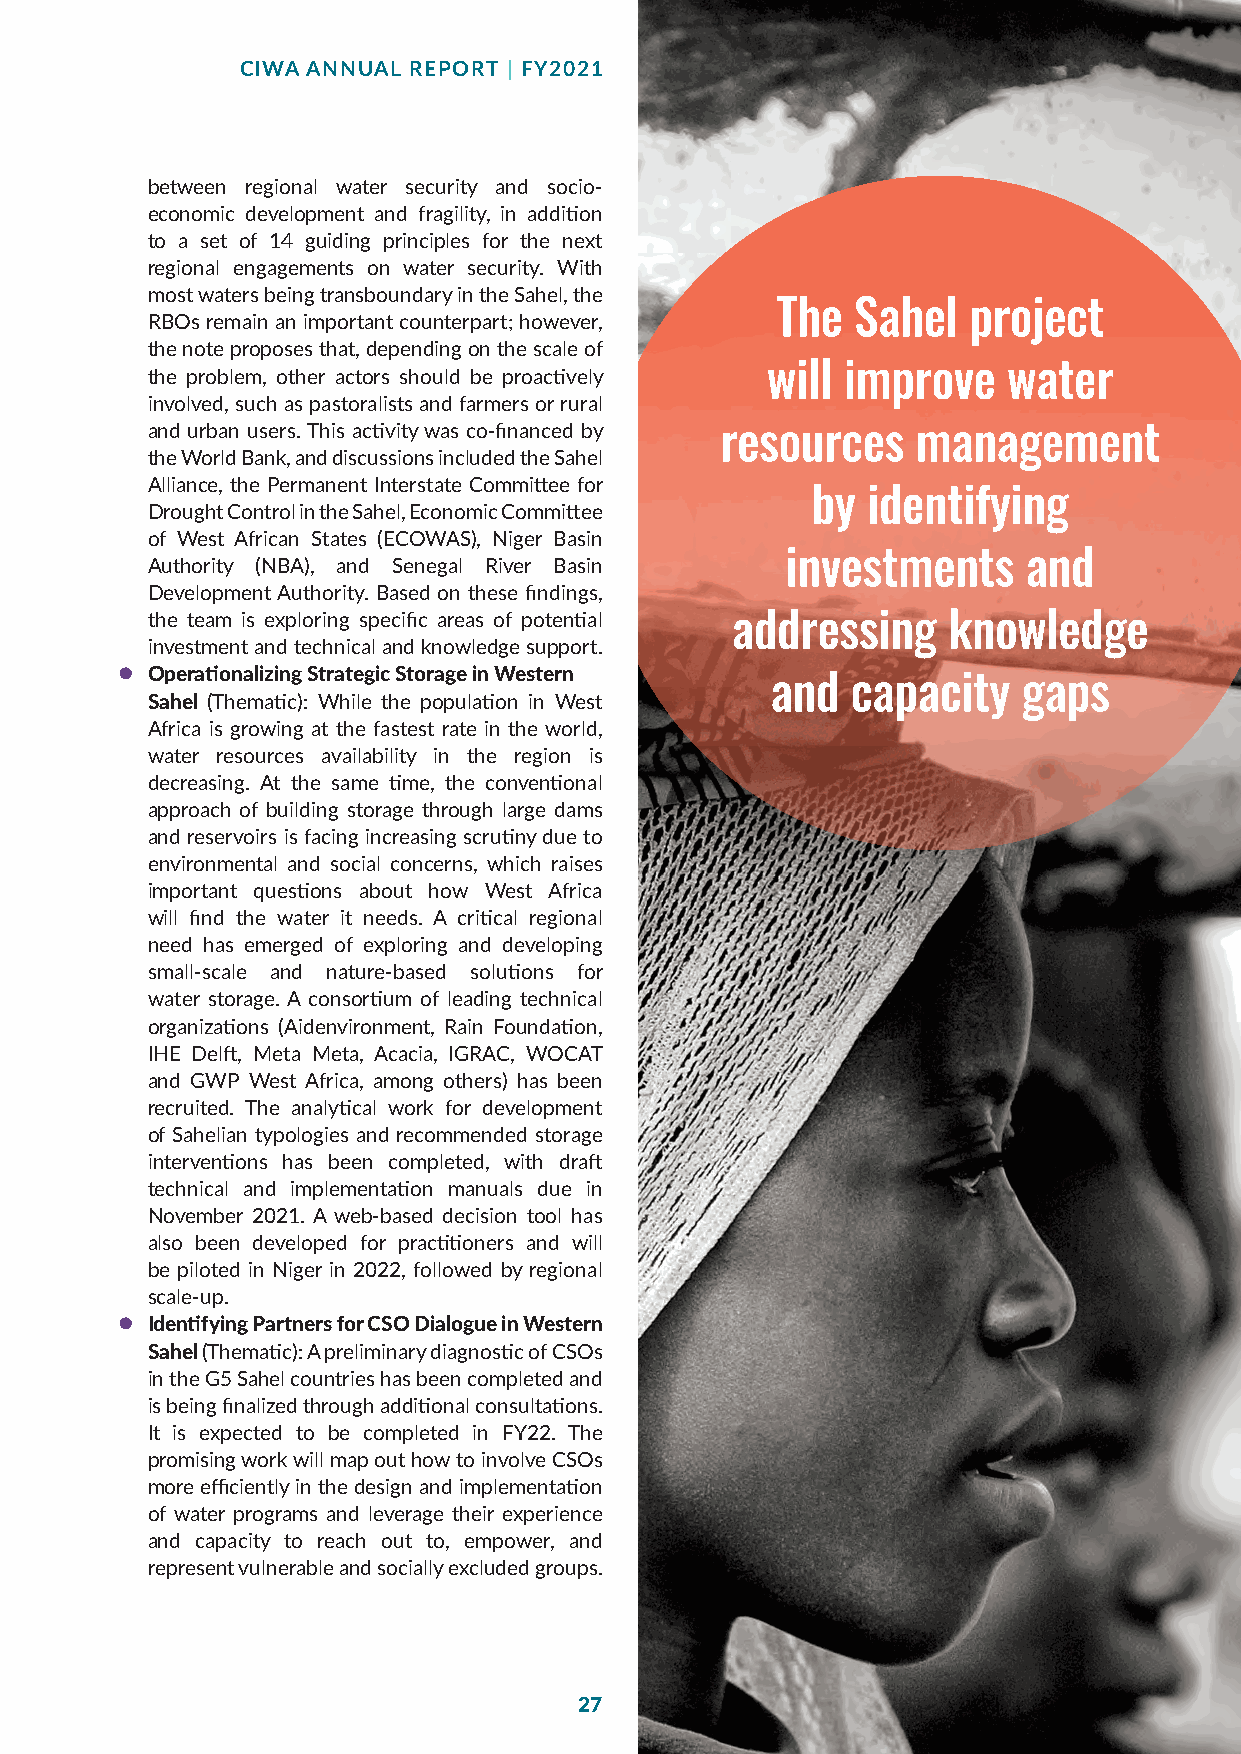
CIWA ANNUAL REPORT | FY2021
 between regional water security and socio-
 economic development and fragility, in addition
 to a set of 14 guiding principles for the next
 regional engagements on water security. With
 most waters being transboundary in the Sahel, the
 The   Sahel  project
 RBOs remain an important counterpart; however,
 the note proposes that, depending on the scale of
 the problem, other actors should be proactively will improve water
 involved, such as pastoralists and farmers or rural
 and urban users. This activity was co-financed by resources management
 the World Bank, and discussions included the Sahel
 Alliance, the Permanent Interstate Committee for
 by identifying
 Drought Control in the Sahel, Economic Committee
 of West African States (ECOWAS), Niger Basin
 Authority (NBA), and Senegal River Basin  investments     and
 Development Authority. Based on these findings,
 the team is exploring specific areas of potential addressing knowledge
 investment and technical and knowledge support.
 l Operationalizing Strategic Storage in Western
 and  capacity    gaps
 Sahel (Thematic): While the population in West
 Africa is growing at the fastest rate in the world,
 water resources availability in the region is
 decreasing. At the same time, the conventional
 approach of building storage through large dams
 and reservoirs is facing increasing scrutiny due to
 environmental and social concerns, which raises
 important questions about how West Africa
 will find the water it needs. A critical regional
 need has emerged of exploring and developing
 small-scale and nature-based solutions for
 water storage. A consortium of leading technical
 organizations (Aidenvironment, Rain Foundation,
 IHE Delft, Meta Meta, Acacia, IGRAC, WOCAT
 and GWP West Africa, among others) has been
 recruited. The analytical work for development
 of Sahelian typologies and recommended storage
 interventions has been completed, with draft
 technical and implementation manuals due in
 November 2021. A web-based decision tool has
 also been developed for practitioners and will
 be piloted in Niger in 2022, followed by regional
 scale-up.
 l Identifying Partners for CSO Dialogue in Western
 Sahel (Thematic): A preliminary diagnostic of CSOs
 in the G5 Sahel countries has been completed and
 is being finalized through additional consultations.
 It is expected to be completed in FY22. The
 promising work will map out how to involve CSOs
 more efficiently in the design and implementation
 of water programs and leverage their experience
 and capacity to reach out to, empower, and
 represent vulnerable and socially excluded groups.
 27